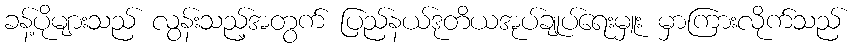
ခန့်ပိုများသည် လွန်းသည့်အတွက် ပြည်နယ်ဒုတိယအုပ်ချုပ်ရေးမှူး မှာကြားလိုက်သည်